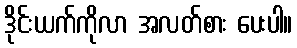
ဒိုင်းယက်ကိုလာ အလတ်စား ပေးပါ။